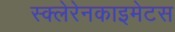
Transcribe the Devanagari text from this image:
स्क्लेरेनकाइमेटस